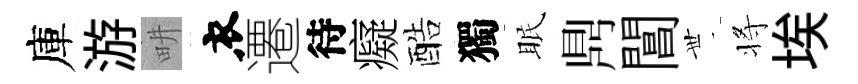
庫游畊衣遷待癡酷獨眠𪔂閶𠀍将埃